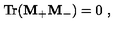
\mathrm { T r } ( { \bf M } _ { + } { \bf M } _ { - } ) = 0 \ ,